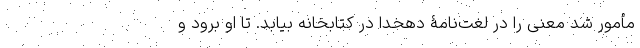
مأمور شد معنی را در لغت‌نامۀ دهخدا در کتابخانه بیابد. تا او برود و